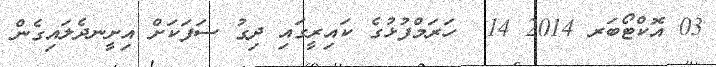
03 އޮކްޓޯބަރ 2014 14  ހަރަމްފުޅުގެ ކައިރީގައި ދިގު ސަފަކަށް އިށީނދެލައިގެން